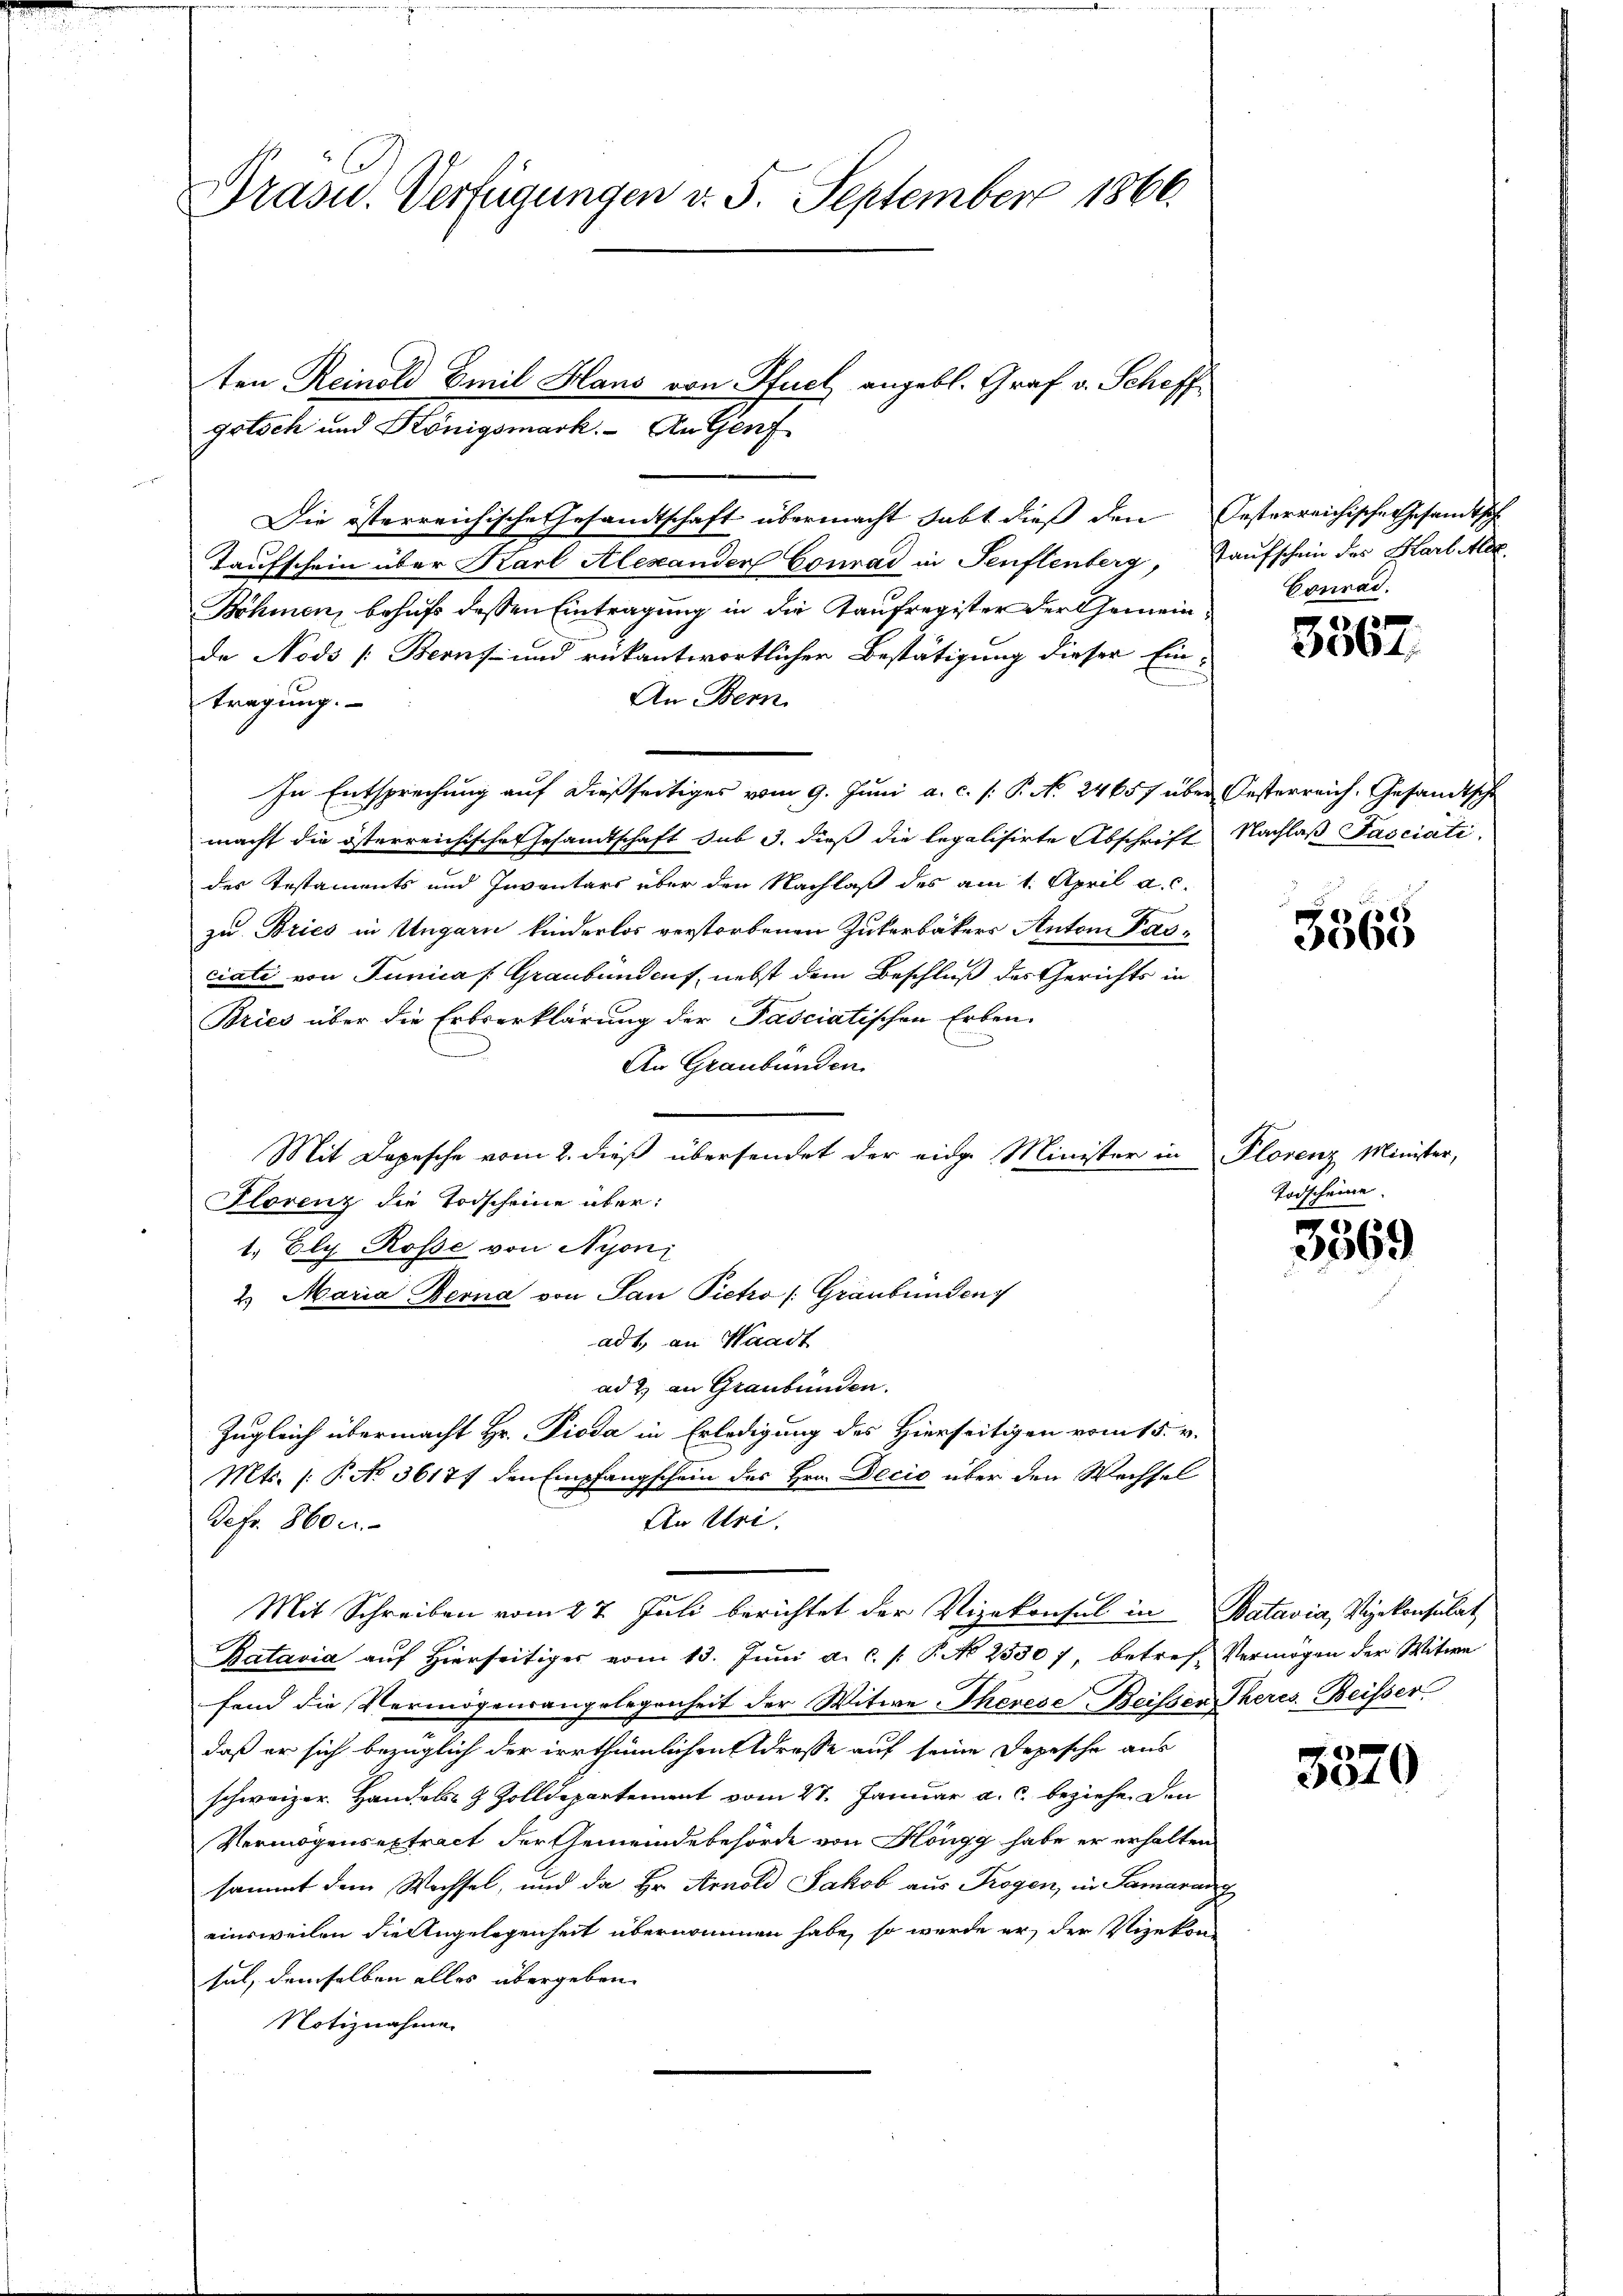
Präsid. Verfügungen d. 5. September 1866.

Die österreichische Gesandtschaft übermacht habt dieß den Oesterreichische Gesandtsch
Taufschein über Karl Alexanden Conrad in Senflenberg, Kaufschein des Harl Alex
Böhmen, behufs dessen Eintragung in die Kaufregister der Gemeinde Nodo [Beruf und rükantwortlicher Bestätigung dieser Ein-
An Bern
tragung.
In Entsprechung auf dießseitiges vom 9. Juni a. c. s. P. No. 24657 über Oesterreich. Gesandtsche
macht die österreichische Gesandtschaft sub 3. dieß die legalisirte Abschrift Nachlaß Fasciati
der Testaments und Inventars über den Nachlaß des am 1. April a. c.
zu Bries in Ungarn kinderlos verstorbenen Zukerbäckers Anton Pasciate von Junica (Graubünden, nebst dem Beschluß des Gerichts in
Bries über die Erbserklärung der Pasciatischen Erben.
An Graubünden.
Mit Depesche vom 2. dieß übersendet der eidge Minister in Plorenz Minister,
Florenz die Todscheine über:
1.) Ely. Rosse von Nyon,
2. Maria Berna von San Pietro (Graubünden
ad 1., an Waadt
ad 2. an Graubünden.
Zugleich übermacht Hr. Pioda in Erledigung des Hierseitigen vom 15. v.
Mts. (: P. No 36177 den Empfangschein des Hrn. Decis über den Wechsel
An Uri.
Defr. 8600.
Mit Schreiben vom 27. Juli berichtet der Vizekonsul in Batavia, Vizekonsulat,
Batavia auf Hierseitiger vom 13. Juni a. c. /: P. No 2550), betref- Vermögen der Witwe
fend die Vermögensangelegenheit der Witwe Therese Beissen Theres Beisser
daß er sich bezüglich der irrthümlichen drasse auf seine Depesche aus
schweizer. Handels & Zolldepartement vom 27. Januar a. c. beziehe. Den
Vermögensextract der Gemeindebehörde von Höngg habe er erhalten
sammt dem Wechsel, und da Hr. Arnold Jakob aus Trogen, in Samaran g
einsweilen die Angelegenheit übernommen habe, so werde er, der Vizekonsul, demselben alles übergeben.
Notiznahme

ten Reinold Emil Hans von Pfuel angebl. Graf v. Scheff
gotsch und Königsmark. An Genf

Conrad.

4
2004

5568

Todscheine.

3569

5870